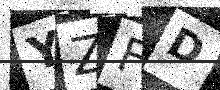
Text: YZFD